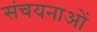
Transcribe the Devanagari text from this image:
संचयनाओं